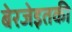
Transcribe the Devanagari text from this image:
बेरजेइतकी